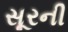
સૂરની